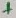
Text: +